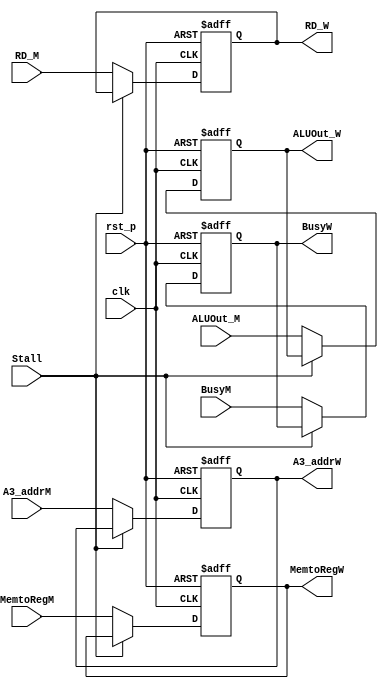
module RegisterM2W_Data (
    input clk,
    input rst_p,
    // input refresh,
    input Stall,

    input [31:0] RD_M,
    input [31:0] ALUOut_M,
    input [3:0] A3_addrM,
    input MemtoRegM,

    output [31:0] RD_W,
    output [31:0] ALUOut_W,
    output [3:0] A3_addrW,
    output MemtoRegW,

    input BusyM,
    output BusyW
);

    reg [31:0] RD_reg;
    reg [31:0] ALUOut_reg;
    reg [3:0] A3_addr_reg;
    reg MemtoReg_reg;
    reg Busy_reg;

    always @(posedge clk or posedge rst_p)  begin
        if(rst_p)   begin
            RD_reg <= 32'd0;
            ALUOut_reg <= 32'd0;
            A3_addr_reg <= 4'd0; 
            MemtoReg_reg <= 1'b0;
            Busy_reg <= 1'b0;
        end
        // else if(refresh)    begin
        //     RD_reg <= 32'd0;
        //     ALUOut_reg <= 32'd0;
        //     A3_addr_reg <= 4'd0; 
        //     MemtoReg_reg <= 1'b0;
        // end
        else if(Stall)  begin
            RD_reg <= RD_reg;
            ALUOut_reg <= ALUOut_reg;
            A3_addr_reg <= A3_addr_reg;
            MemtoReg_reg <= MemtoReg_reg;
            Busy_reg <= Busy_reg;
        end
        else    begin
            RD_reg <= RD_M;
            ALUOut_reg <= ALUOut_M;
            A3_addr_reg <= A3_addrM;
            MemtoReg_reg <= MemtoRegM; 
            Busy_reg <= BusyM;
        end
    end

    assign RD_W = RD_reg;
    assign ALUOut_W = ALUOut_reg;
    assign A3_addrW = A3_addr_reg;
    assign MemtoRegW = MemtoReg_reg;
    assign BusyW = Busy_reg;
endmodule